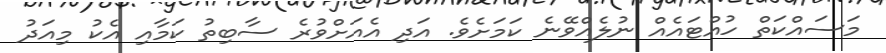
މަސައްކަތް ހުއްޓައެއް ނުލެއްވޭނެ ކަމަށެވެ. އަދި އެއަށްވުރެ ސާބިތު ކަމާއި އެކު މިއަދު